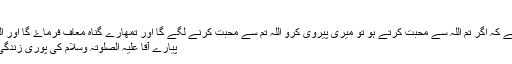
سورت آلِ عمران
اے میرے حبیب آپ فرما دیجئیے کہ اگر تم اللہ سے محبت کرتے ہو تو میری پیروی کرو اللہ تم سے محبت کرنے لگے گا اور تمھارے گناہ معاف فرماۓ گا اور اللہ بہت بخشنے والا مہربان ہے
پیارے آقا علیہ الصلوتہ وسلام کی پوری زندگی امت کے لئیے اسوہ حسنہ ہے۔